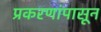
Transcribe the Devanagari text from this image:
प्रकरणांपासून